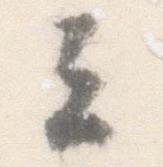
云